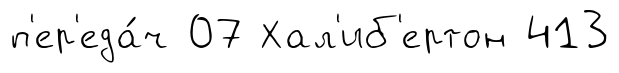
п'ер'еда́ч 07 Хал'иб'ертон 413